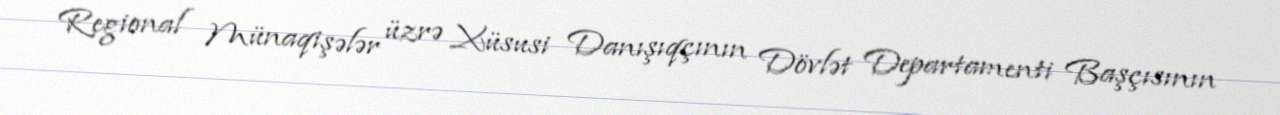
Regional Münaqişələr üzrə Xüsusi Danışıqçının Dövlət Departamenti Başçısının